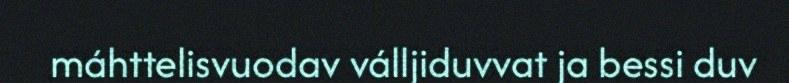
máhttelisvuodav válljiduvvat ja bessi duv